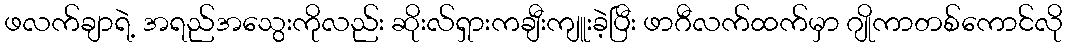
ဖလက်ချာရဲ့ အရည်အသွေးကိုလည်း ဆိုးလ်ရှားကချီးကျူးခဲ့ပြီး ဖာဂီလက်ထက်မှာ ဂျိုကာတစ်ကောင်လို